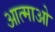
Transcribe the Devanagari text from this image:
आत्माओ